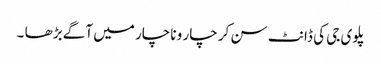
پلوی جی کی ڈانٹ سن کر چار و ناچار میں آگے بڑھا ۔